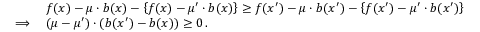
\begin{array} { r l } & { f ( x ) - \mu \cdot b ( x ) - \left\{ f ( x ) - \mu ^ { \prime } \cdot b ( x ) \right\} \geq f ( x ^ { \prime } ) - \mu \cdot b ( x ^ { \prime } ) - \left\{ f ( x ^ { \prime } ) - \mu ^ { \prime } \cdot b ( x ^ { \prime } ) \right\} } \\ { \implies } & { ( \mu - \mu ^ { \prime } ) \cdot ( b ( x ^ { \prime } ) - b ( x ) ) \geq 0 \, . } \end{array}